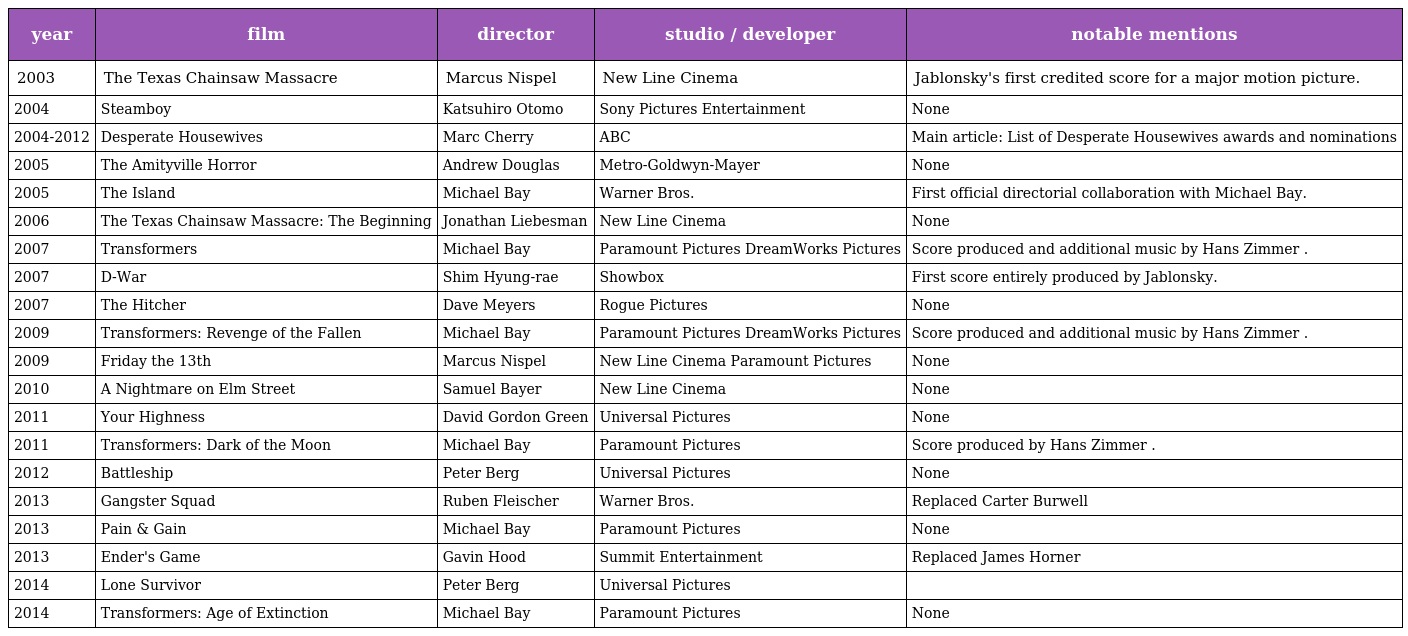
| year | film | director | studio / developer | notable mentions |
 | --- | --- | --- | --- | --- |
 | 2003 | The Texas Chainsaw Massacre | Marcus Nispel | New Line Cinema | Jablonsky's first credited score for a major motion picture. |
 | 2004 | Steamboy | Katsuhiro Otomo | Sony Pictures Entertainment | None |
 | 2004-2012 | Desperate Housewives | Marc Cherry | ABC | Main article: List of Desperate Housewives awards and nominations |
 | 2005 | The Amityville Horror | Andrew Douglas | Metro-Goldwyn-Mayer | None |
 | 2005 | The Island | Michael Bay | Warner Bros. | First official directorial collaboration with Michael Bay. |
 | 2006 | The Texas Chainsaw Massacre: The Beginning | Jonathan Liebesman | New Line Cinema | None |
 | 2007 | Transformers | Michael Bay | Paramount Pictures DreamWorks Pictures | Score produced and additional music by Hans Zimmer . |
 | 2007 | D-War | Shim Hyung-rae | Showbox | First score entirely produced by Jablonsky. |
 | 2007 | The Hitcher | Dave Meyers | Rogue Pictures | None |
 | 2009 | Transformers: Revenge of the Fallen | Michael Bay | Paramount Pictures DreamWorks Pictures | Score produced and additional music by Hans Zimmer . |
 | 2009 | Friday the 13th | Marcus Nispel | New Line Cinema Paramount Pictures | None |
 | 2010 | A Nightmare on Elm Street | Samuel Bayer | New Line Cinema | None |
 | 2011 | Your Highness | David Gordon Green | Universal Pictures | None |
 | 2011 | Transformers: Dark of the Moon | Michael Bay | Paramount Pictures | Score produced by Hans Zimmer . |
 | 2012 | Battleship | Peter Berg | Universal Pictures | None |
 | 2013 | Gangster Squad | Ruben Fleischer | Warner Bros. | Replaced Carter Burwell |
 | 2013 | Pain & Gain | Michael Bay | Paramount Pictures | None |
 | 2013 | Ender's Game | Gavin Hood | Summit Entertainment | Replaced James Horner |
 | 2014 | Lone Survivor | Peter Berg | Universal Pictures |  |
 | 2014 | Transformers: Age of Extinction | Michael Bay | Paramount Pictures | None |